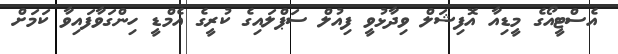
އެސްޓީއޯގެ މީޑިއާ އޮފިޝަލް ވިދާޅުވީ ފިއުލް ސަޕްލައިގެ ކުރީގެ އެމްޑީ ހިންގަވާފައިވާ ކަމަށް